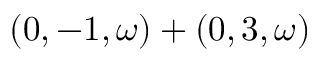
( 0 , - 1 , \omega ) + ( 0 , 3 , \omega )